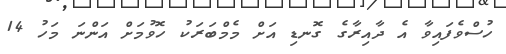
ހުސްވެފައިވާ އެ ދާއިރާގެ ގޮނޑި އަށް މެމްބަރަކު ހޮވުމަށް އަންނަ މަހު 14